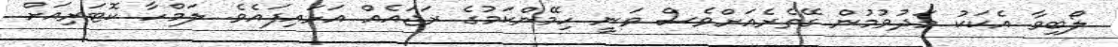
ލޯބިވާ އެކަކު މަދުވުމުން ގޭތެރެއަށްވެސް ވަނީ ހިމޭންކަމުގެ ރަޖައެއް އަޅައިފައެވެ. ލަމްހާ ކޮޓަރިއަށް